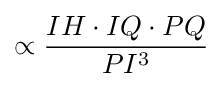
\propto {\frac {IH\cdot IQ\cdot PQ}{PI^{3}}}